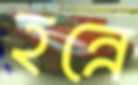
হন্নে